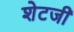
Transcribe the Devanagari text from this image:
शेटजी